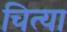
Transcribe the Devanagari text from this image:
चित्या